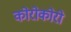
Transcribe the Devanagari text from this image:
कोरोकोरो